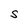
Character: S